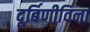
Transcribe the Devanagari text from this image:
दूर्बिणीविना